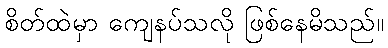
စိတ်ထဲမှာ ကျေနပ်သလို ဖြစ်နေမိသည်။